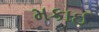
મકાઈ